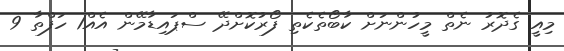
މިއީ ގެދޮރު ނެތް މީހުންނަށް ކާބޯތެކެތި ފޯރުކޮށްދޭ ސްޕައިޑާމޭން އެއް1 ހަފްތާ 9